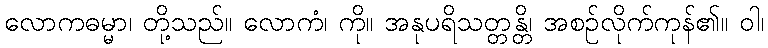
လောကဓမ္မာ၊ တို့သည်။ လောကံ၊ ကို။ အနုပရိသတ္တန္တိ၊ အစဉ်လိုက်ကုန်၏။ ဝါ၊